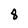
Character: 8